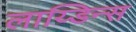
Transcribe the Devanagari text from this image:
लाय्डिन्स